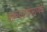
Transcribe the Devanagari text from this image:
चक्रधरांप्रमाणेच